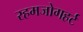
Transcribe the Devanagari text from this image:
रहमजोगहर्ट